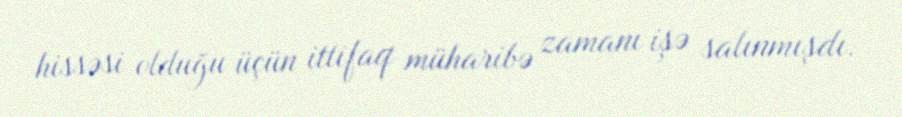
hissəsi olduğu üçün ittifaq müharibə zamanı işə salınmışdı.